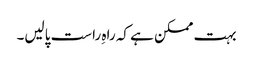
بہت ممکن ہے کہ راہِ راست پالیں۔